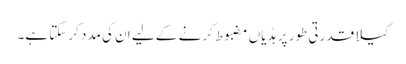
کیلا قدرتی طور پر ہڈیاں مضبوط کرنے کے لیے ان کی مدد کرسکتا ہے۔